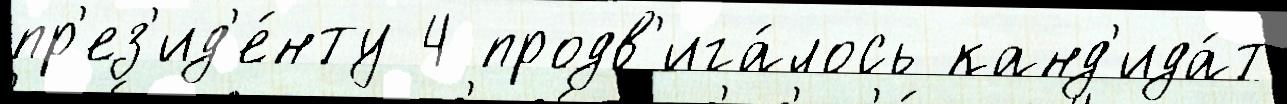
пр'ез'ид'е́нту 4 продв'ига́лось канд'ида́т